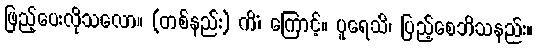
ဖြည့်ပေးလိုသလော။ (တစ်နည်း) ကိံ၊ ကြောင့်။ ပူရေသိ၊ ပြည့်စေဘိသနည်း။